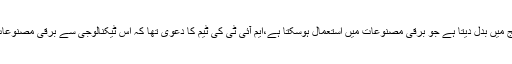
ان کا کہنا تھا کہ انٹینا الٹرنیٹ کرنٹ اے سی لہروں کو ڈی سی کرنٹ والٹیج میں بدل دیتا ہے جو برقی مصنوعات میں استعمال ہوسکتا ہے،ایم آئی ٹی کی ٹیم کا دعویٰ تھا کہ اس ٹیکنالوجی سے برقی مصنوعات، سمارٹ گھڑیوں وغیرہ اور طبی ڈیوائسز کو بجلی فراہم کرنا ممکن ہے۔